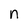
Character: n